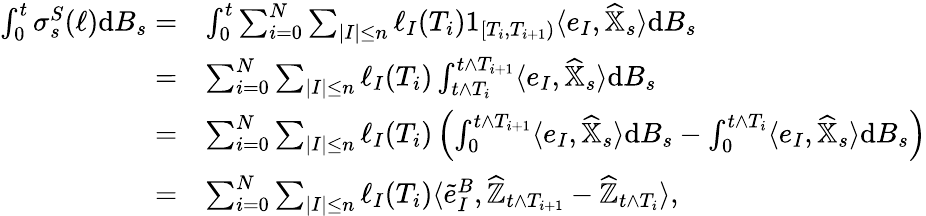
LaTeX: \begin{array}{rl}{\int_{0}^{t}\sigma_{s}^{S}(\ell){\mathrm{d}}B_{s}=}&{\int_{0}^{t}\sum_{i=0}^{N}\sum_{|I|\leq n}\ell_{I}(T_{i})1_{[T_{i},T_{i+1})}\langle e_{I},\widehat{\mathbb{X}}_{s}\rangle{\mathrm{d}}B_{s}}\\ {=}&{\sum_{i=0}^{N}\sum_{|I|\leq n}\ell_{I}(T_{i})\int_{t\land T_{i}}^{t\land T_{i+1}}\langle e_{I},\widehat{\mathbb{X}}_{s}\rangle{\mathrm{d}}B_{s}}\\ {=}&{\sum_{i=0}^{N}\sum_{|I|\leq n}\ell_{I}(T_{i})\left(\int_{0}^{t\land T_{i+1}}\langle e_{I},\widehat{\mathbb{X}}_{s}\rangle{\mathrm{d}}B_{s}-\int_{0}^{t\land T_{i}}\langle e_{I},\widehat{\mathbb{X}}_{s}\rangle{\mathrm{d}}B_{s}\right)}\\ {=}&{\sum_{i=0}^{N}\sum_{|I|\leq n}\ell_{I}(T_{i})\langle\tilde{e}_{I}^{B},\widehat{\mathbb{Z}}_{t\land T_{i+1}}-\widehat{\mathbb{Z}}_{t\land T_{i}}\rangle,}\end{array}